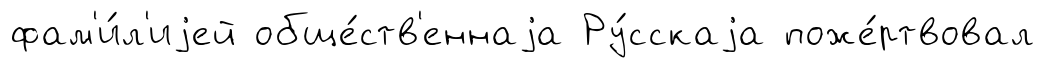
фам'и́л'иjей обще́ств'еннаjа Ру́сскаjа поже́ртвовал